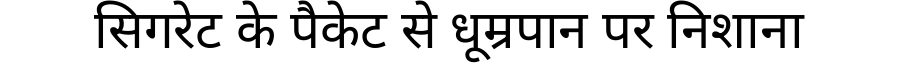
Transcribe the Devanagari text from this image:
सिगरेट के पैकेट से धूम्रपान पर निशाना